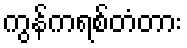
ကွန်ကရစ်တံတား